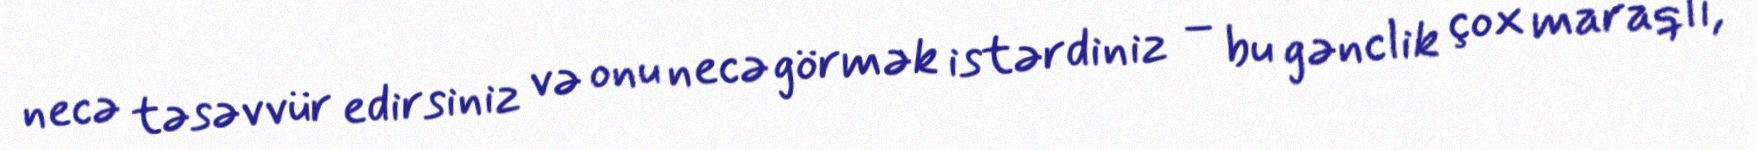
necə təsəvvür edirsiniz və onu necə görmək istərdiniz – bu gənclik çox maraqlı,